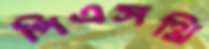
পিএসথ্রি